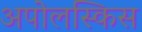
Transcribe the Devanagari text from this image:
अपोलस्किस